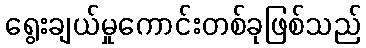
ရွေးချယ်မှုကောင်းတစ်ခုဖြစ်သည်